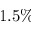
1 . 5 \%